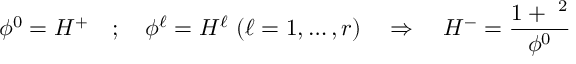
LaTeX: \phi ^ { 0 } = H ^ { + } \quad ; \quad \phi ^ { \ell } = H ^ { \ell } \, \, ( \ell = 1 , \dots , r ) \quad \Rightarrow \quad H ^ { - } = \frac { 1 + \mathbf { \phi } ^ { 2 } } { \phi ^ { 0 } }